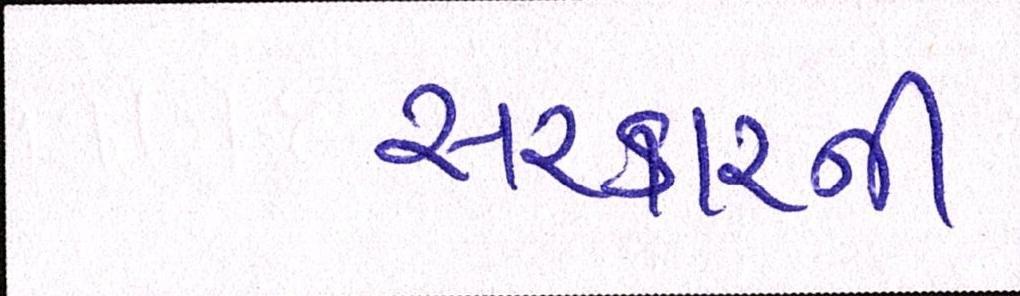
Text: સરકારની